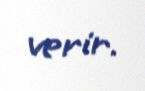
verir.